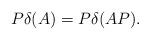
LaTeX: \begin{align*}P\delta(A)=P\delta(AP). \end{align*}